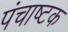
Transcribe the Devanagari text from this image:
पंचाष्टक